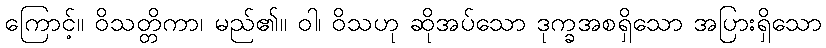
ကြောင့်။ ဝိသတ္တိကာ၊ မည်၏။ ဝါ၊ ဝိသဟု ဆိုအပ်သော ဒုက္ခအစရှိသော အပြားရှိသော